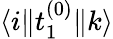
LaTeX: \langle i\| t_{1}^{(0)}\| k\rangle